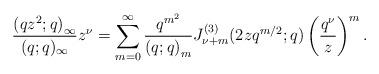
LaTeX: \begin{align*}\frac{\left(qz^{2};q\right)_{\infty}}{(q;q)_{\infty}}z^{\nu}=\sum_{m=0}^{\infty}\frac{q^{m^{2}}}{\left(q;q\right)_{m}}J_{\nu+m}^{(3)}(2zq^{m/2};q)\left(\frac{q^{\nu}}{z}\right)^{m}.\end{align*}